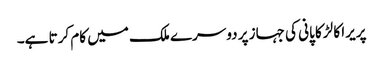
پریرا کا لڑکا پانی کی جہاز پر دوسرے ملک میں کام کرتا ہے۔